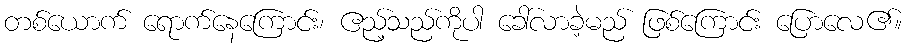
တစ်ယောက် ရောက်နေကြောင်း၊ ဧည့်သည်ကိုပါ ခေါ်လာခဲ့မည် ဖြစ်ကြောင်း ပြောလေ၏။